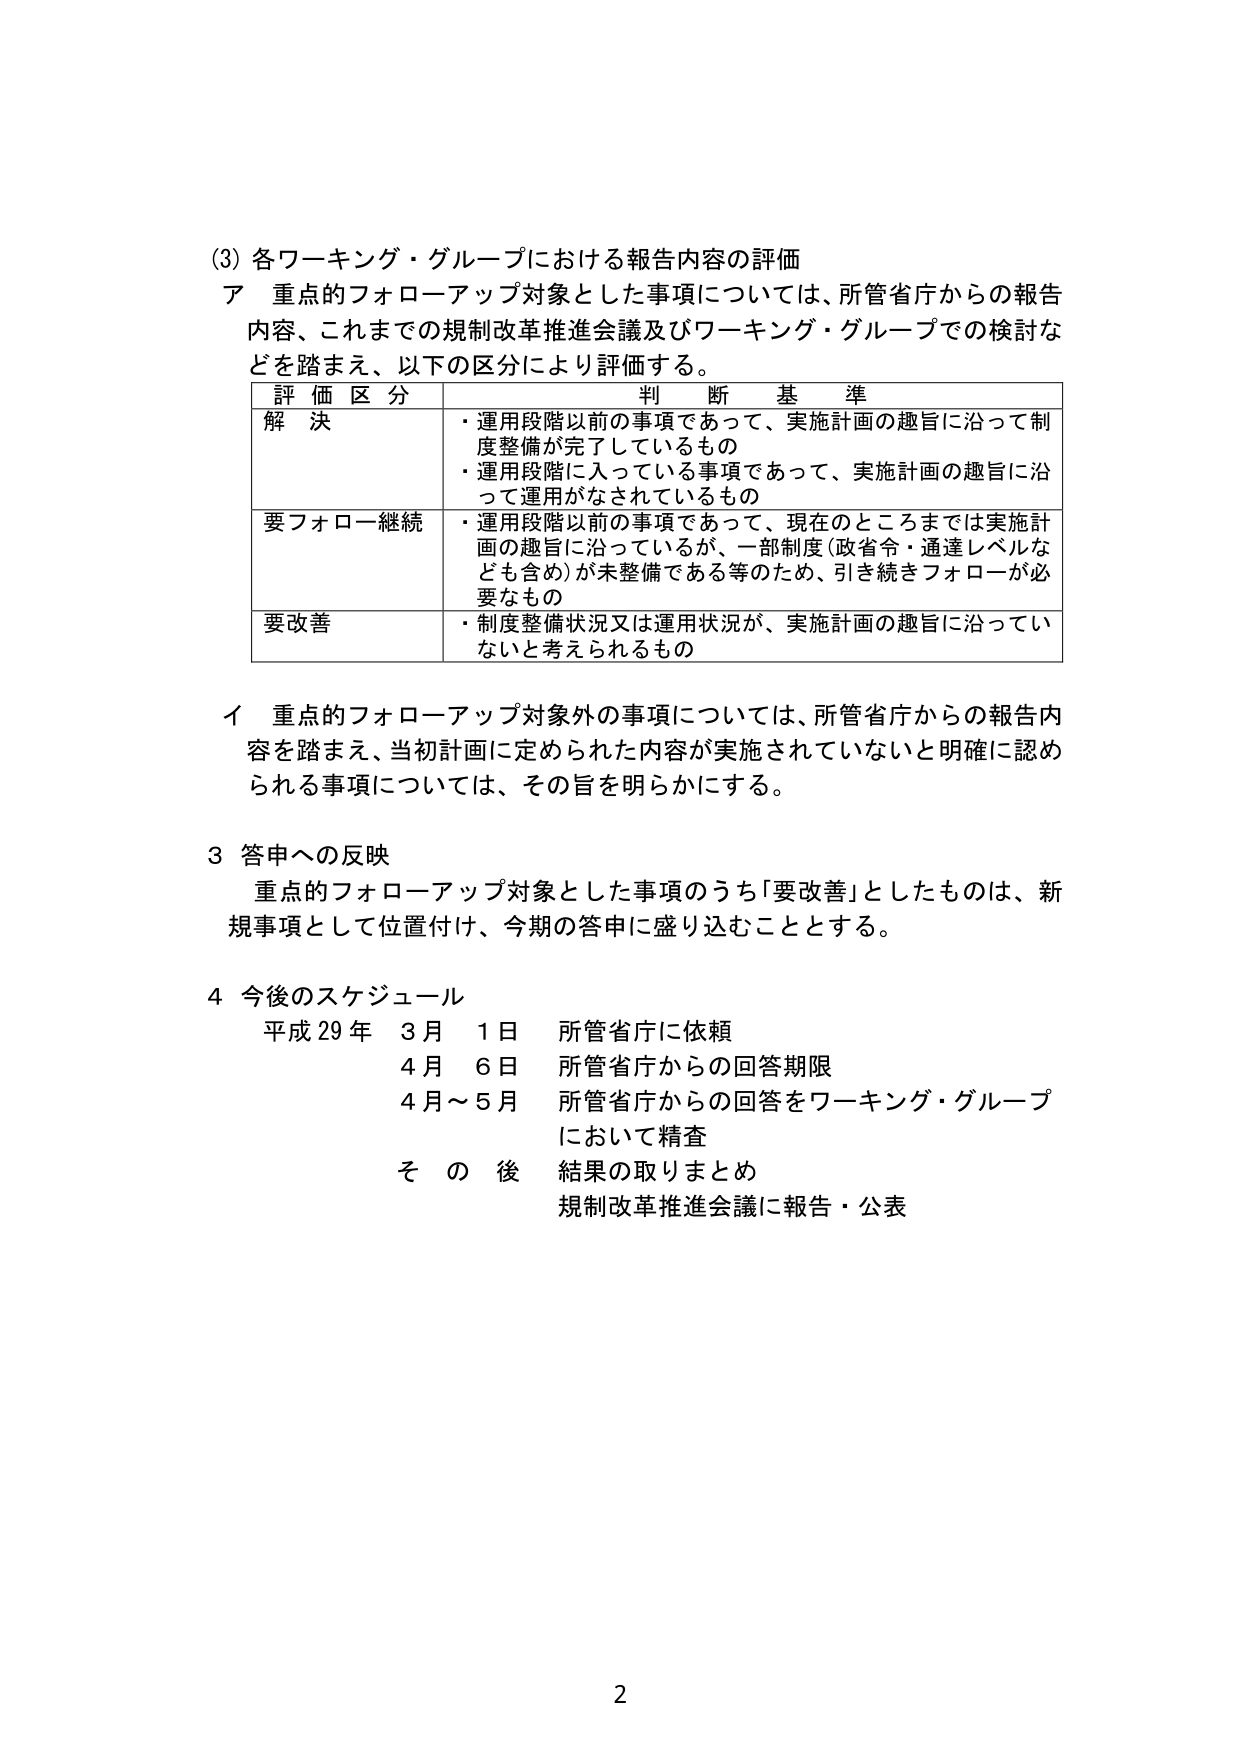
(3) 各ワーキング・グループにおける報告内容の評価
ア 重点的フォローアップ対象とした事項については、所管省庁からの報告内容、これまでの規制改革推進会議及びワーキング・グループでの検討などを踏まえ、以下の区分により評価する。

| 評価区分 | 判断基準 |
|----------|----------|
| 解決 | ・運用段階以前の事項であって、実施計画の趣旨に沿って制度整備が完了しているもの<br>・運用段階に入っている事項であって、実施計画の趣旨に沿って運用がなされているもの |
| 要フォロー継続 | ・運用段階以前の事項であって、現在のところまでは実施計画の趣旨に沿っているが、一部制度（政省令・通達レベルなども含め）が未整備である等のため、引き続きフォローが必要なもの |
| 要改善 | ・制度整備状況又は運用状況が、実施計画の趣旨に沿っていないと考えられるもの |

イ 重点的フォローアップ対象外の事項については、所管省庁からの報告内容を踏まえ、当初計画に定められた内容が実施されていないと明確に認められる事項については、その旨を明らかにする。

3 答申への反映
重点的フォローアップ対象とした事項のうち「要改善」としたものは、新規事項として位置付け、今期の答申に盛り込むこととする。

4 今後のスケジュール
平成29年 3月 1日 所管省庁に依頼
　　　　 4月 6日 所管省庁からの回答期限
　　　　 4月～5月 所管省庁からの回答をワーキング・グループにおいて精査
　　　　 その後 結果の取りまとめ
　　　　　　　　規制改革推進会議に報告・公表

2